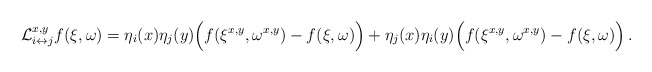
\begin{align*}\begin{aligned}\mathcal L^{x,y}_{i \leftrightarrow j} f(\xi,\omega) &= \eta_i(x) \eta_j(y)\Big( f(\xi^{x,y},\omega^{x,y}) - f(\xi,\omega) \Big) +\eta_j(x)\eta_i(y) \Big( f(\xi^{x,y},\omega^{x,y}) - f(\xi,\omega) \Big)\, . \end{aligned}\end{align*}